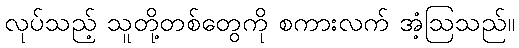
လုပ်သည့် သူတို့တစ်တွေကို စကားလက် အံ့ဩသည်။